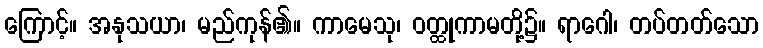
ကြောင့်။ အနုသယာ၊ မည်ကုန်၏။ ကာမေသု၊ ဝတ္ထုကာမတို့၌။ ရာဂေါ၊ တပ်တတ်သော